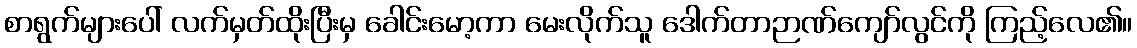
စာရွက်များပေါ် လက်မှတ်ထိုးပြီးမှ ခေါင်းမော့ကာ မေးလိုက်သူ ဒေါက်တာဉာဏ်ကျော်လွင်ကို ကြည့်လေ၏။